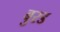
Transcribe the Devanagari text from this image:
बुरड